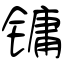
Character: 镛